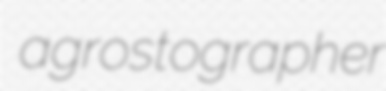
agrostographer